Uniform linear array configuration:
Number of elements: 24
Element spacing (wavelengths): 1
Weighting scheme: blackman
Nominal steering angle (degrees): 0
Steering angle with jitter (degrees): -1.719
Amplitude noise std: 0.05
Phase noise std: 0.05

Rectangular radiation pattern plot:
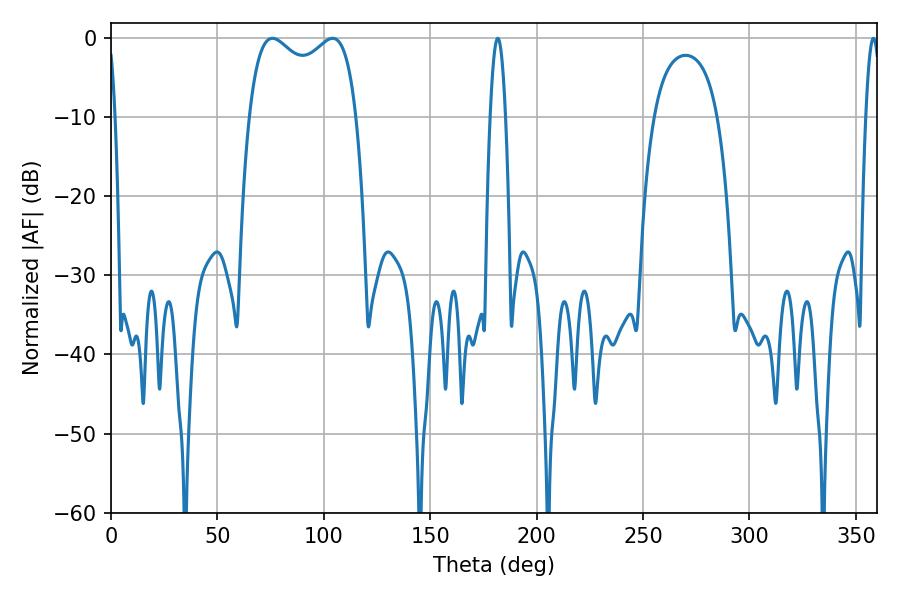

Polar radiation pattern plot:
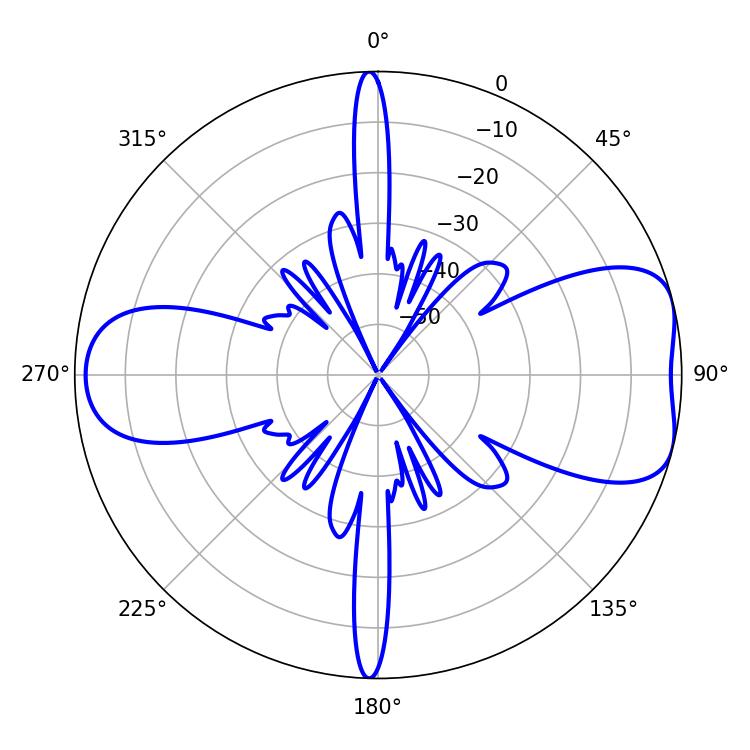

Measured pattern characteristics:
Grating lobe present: TRUE
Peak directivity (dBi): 7.122
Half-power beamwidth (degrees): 41.76
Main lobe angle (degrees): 75.78